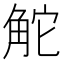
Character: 𧣖